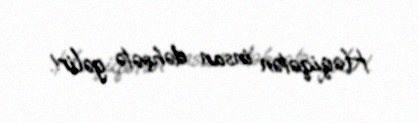
Həqiqətən insan dəhşətə gəlir!.